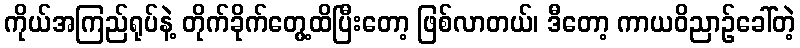
ကိုယ်အကြည်ရုပ်နဲ့ တိုက်ခိုက်တွေ့ထိပြီးတော့ ဖြစ်လာတယ်၊ ဒီတော့ ကာယဝိညာဉ်ခေါ်တဲ့